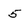
Character: 5